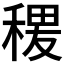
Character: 𱶖